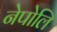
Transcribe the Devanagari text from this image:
नेपोलि